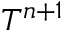
T ^ { n + 1 }